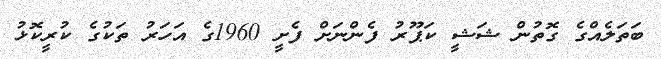
ބަތަލެއްގެ ގޮތުން ޝަޝީ ކަޕޫރު ފެންނަށް ފެށީ 1960ގެ އަހަރު ތަކުގެ ކުރީކޮޅު